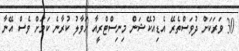
30 ވަރަކަށް ދުވަސްތެރޭ އެޑިއުކޭޝަން މިނިސްޓްރީއާ ހަވާލު ކުރާނެ ކަމަށް ވެސް އޭނާ